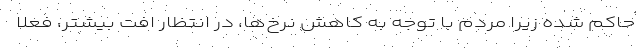
حاکم شده زیرا مردم با توجه به کاهش نرخ‌ها، در انتظار افت بیشتر، فعلاً